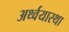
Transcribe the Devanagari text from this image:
अर्थ्वयास्था